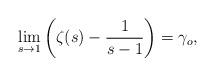
LaTeX: \begin{align*}\lim_{s\to 1}\left(\zeta(s)-\frac{1}{s-1}\right)=\gamma_o,\end{align*}